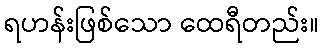
ရဟန်းဖြစ်သော ထေရီတည်း။